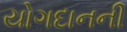
યોગદાનની